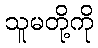
သူမတို့ကို